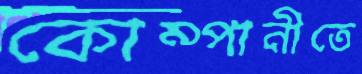
কোম্পানীতে